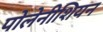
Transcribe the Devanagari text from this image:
पोलेनीशियन